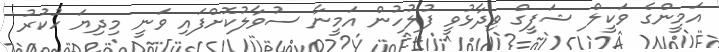
އަމީންގެ ވަކީލް ޝަފީގް ވިދާޅުވީ ފުލުހުން އަމީނާ ސުވާލުކޮށްފައި ވަނީ މިދިޔަ ހުކުރު